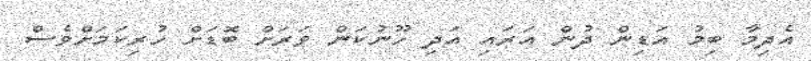
އެދިމާ ބިމު އަޑިން ދުން އަރައި އަދި ހޫނުކަން ވަރަށް ބޮޑަށް ހުރިކަމަށްވެސް